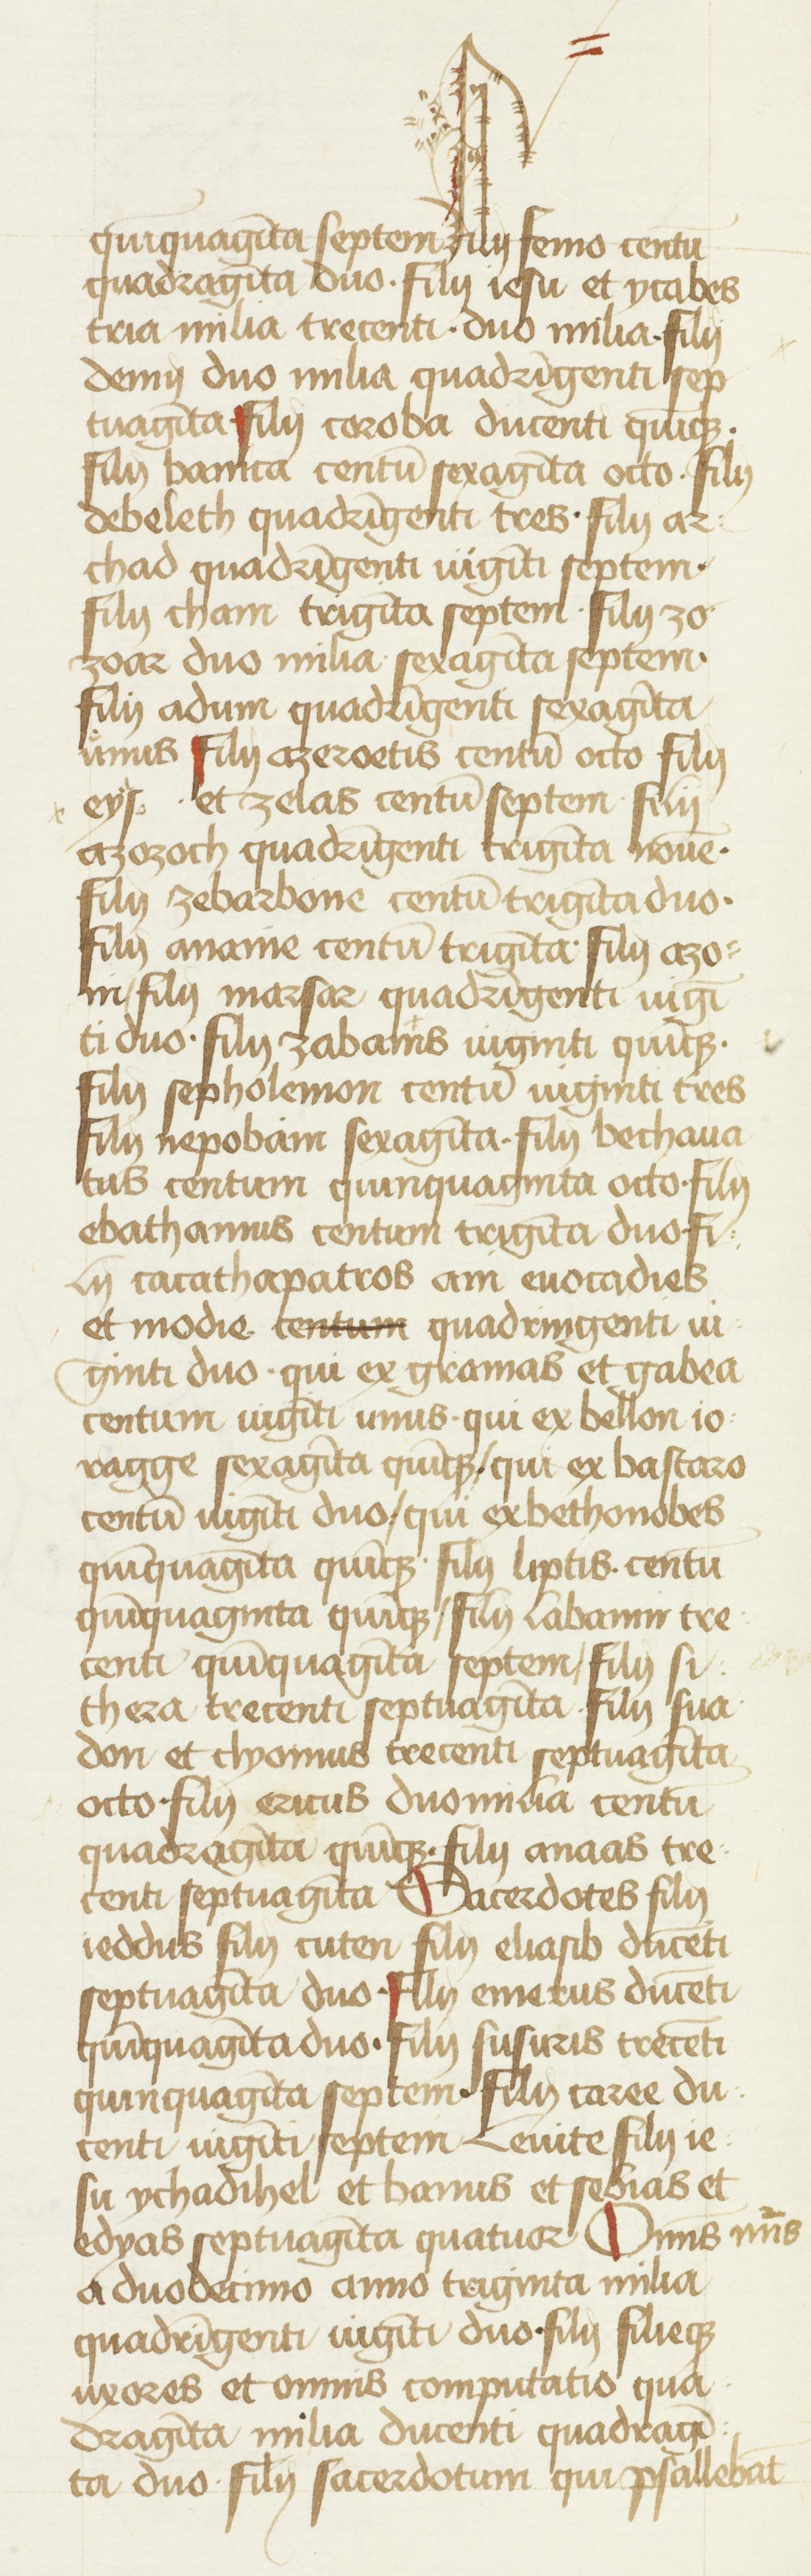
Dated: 1434–1466